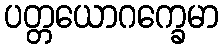
ပတ္တယောဂက္ခေမာ